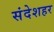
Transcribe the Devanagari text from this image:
संदेशहर